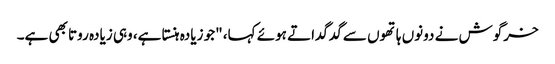
خرگوش نے دونوں ہاتھوں سے گدگداتے ہوئے کہا، "جو زیادہ ہنستا ہے، وہی زیادہ روتا بھی ہے۔